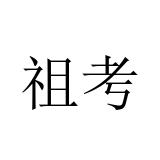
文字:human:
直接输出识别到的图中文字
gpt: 祖考